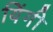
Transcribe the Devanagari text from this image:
यिंगी